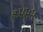
૧૫૫૫